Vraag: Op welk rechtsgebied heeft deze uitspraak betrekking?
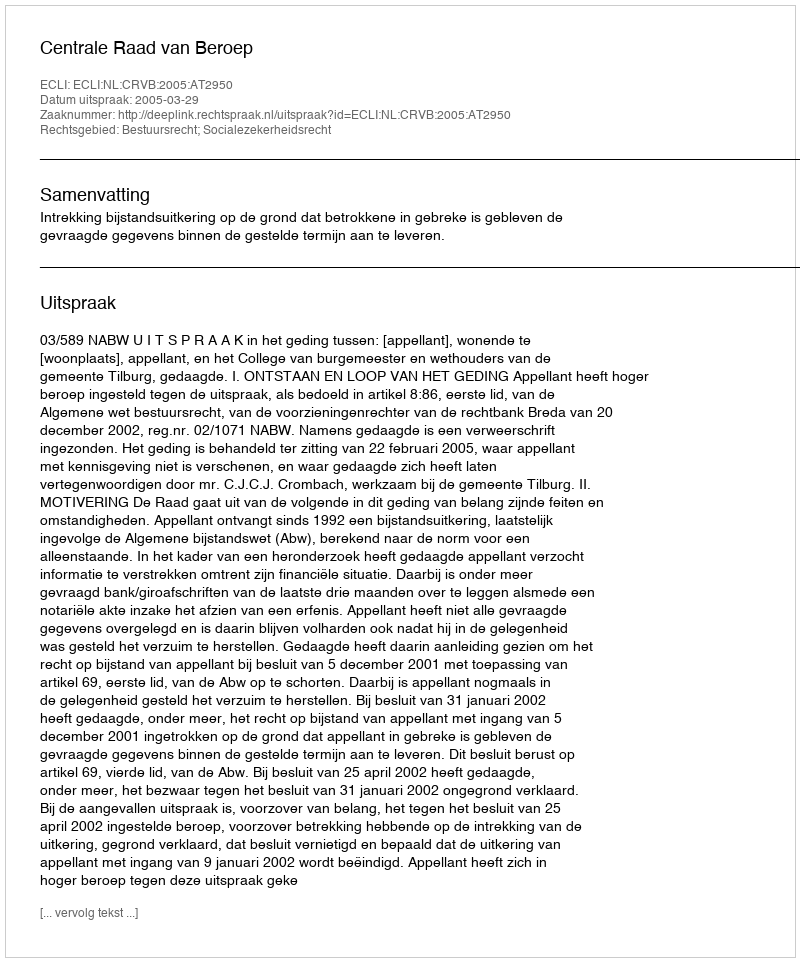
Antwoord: Bestuursrecht; Socialezekerheidsrecht